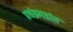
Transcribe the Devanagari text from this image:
प्रचंडगडांत